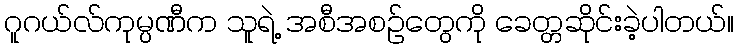
ဂူဂယ်လ်ကုမ္ပဏီက သူရဲ့ အစီအစဉ်တွေကို ခေတ္တဆိုင်းခဲ့ပါတယ်။